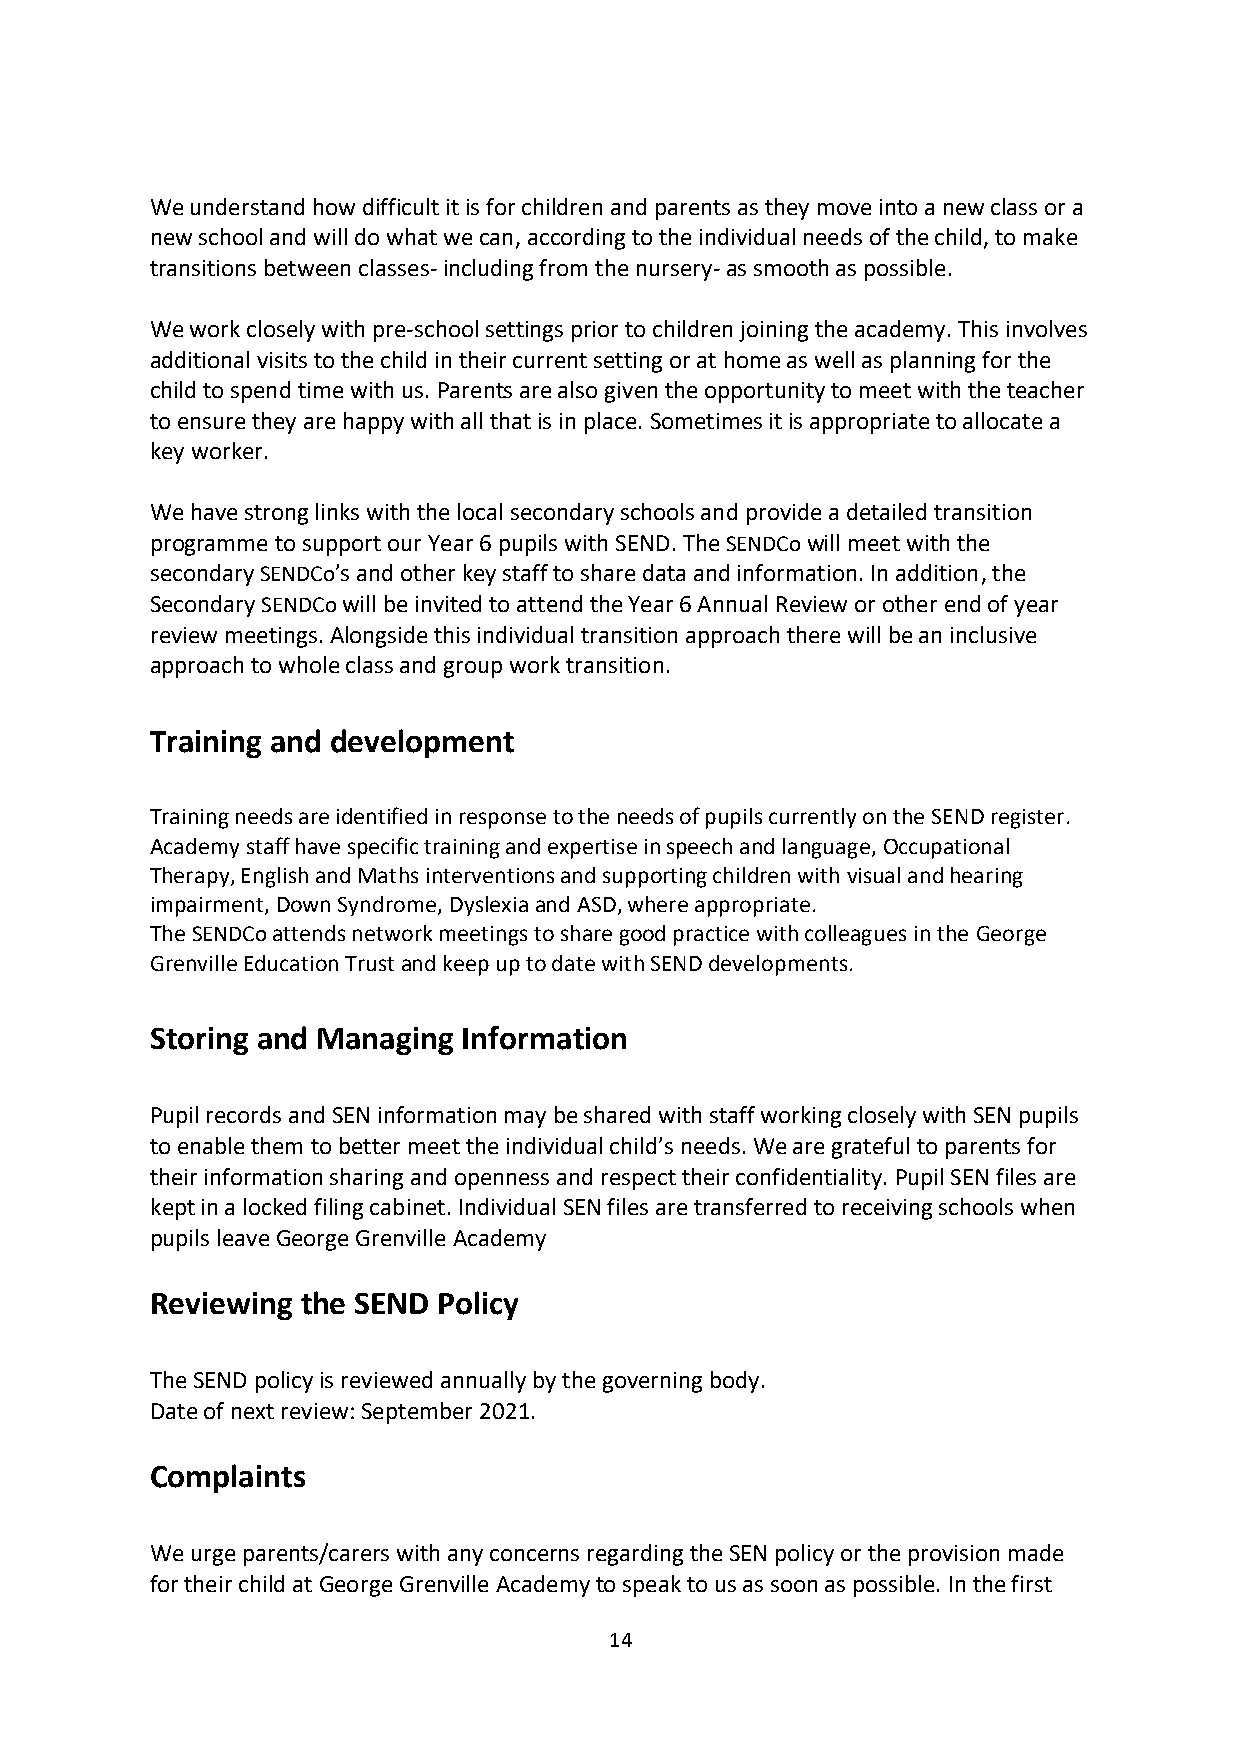
We understand how difficult it is for children and parents as they move into a new class or a
 new school and will do what we can, according to the individual needs of the child, to make
 transitions between classes- including from the nursery- as smooth as possible.
 We work closely with pre-school settings prior to children joining the academy. This involves
 additional visits to the child in their current setting or at home as well as planning for the
 child to spend time with us. Parents are also given the opportunity to meet with the teacher
 to ensure they are happy with all that is in place. Sometimes it is appropriate to allocate a
 key worker.
 We have strong links with the local secondary schools and provide a detailed transition
 programme to support our Year 6 pupils with SEND. The SENDCo will meet with the
 secondary SENDCo’s and other key staff to share data and information. In addition, the
 Secondary SENDCo will be invited to attend the Year 6 Annual Review or other end of year
 review meetings. Alongside this individual transition approach there will be an inclusive
 approach to whole class and group work transition.
 Training and development
 Training needs are identified in response to the needs of pupils currently on the SEND register.
 Academy staff have specific training and expertise in speech and language, Occupational
 Therapy, English and Maths interventions and supporting children with visual and hearing
 impairment, Down Syndrome, Dyslexia and ASD, where appropriate.
 The SENDCo attends network meetings to share good practice with colleagues in the George
 Grenville Education Trust and keep up to date with SEND developments.
 Storing and Managing Information
 Pupil records and SEN information may be shared with staff working closely with SEN pupils
 to enable them to better meet the individual child’s needs. We are grateful to parents for
 their information sharing and openness and respect their confidentiality. Pupil SEN files are
 kept in a locked filing cabinet. Individual SEN files are transferred to receiving schools when
 pupils leave George Grenville Academy
 Reviewing the SEND Policy
 The SEND policy is reviewed annually by the governing body.
 Date of next review: September 2021.
 Complaints
 We urge parents/carers with any concerns regarding the SEN policy or the provision made
 for their child at George Grenville Academy to speak to us as soon as possible. In the first
 14